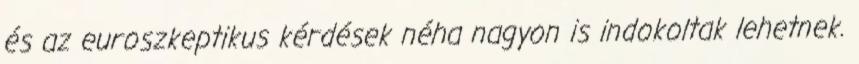
és az euroszkeptikus kérdések néha nagyon is indokoltak lehetnek.